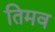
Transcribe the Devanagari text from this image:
तिमव